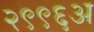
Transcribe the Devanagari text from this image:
२९९६अ